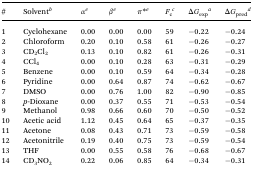
<table><thead><tr><td><b>#</b></td><td><b>Solvent<sup><i>b</i></sup></b></td><td><b><i>α</i><sup><i>e</i></sup></b></td><td><b><i>β</i><sup><i>e</i></sup></b></td><td><b><i>π</i>*<sup><i>e</i></sup></b></td><td><b><i>F</i><sub>c</sub><sup><i>c</i></sup></b></td><td><b>Δ<i>G</i><sub>exp</sub><sup><i>a</i></sup></b></td><td><b>Δ<i>G</i><sub>pred</sub><sup><i>d</i></sup></b></td></tr></thead><tbody><tr><td>1</td><td>Cyclohexane</td><td>0.00</td><td>0.00</td><td>0.00</td><td>59</td><td>–0.22</td><td>–0.24</td></tr><tr><td>2</td><td>Chloroform</td><td>0.20</td><td>0.10</td><td>0.58</td><td>61</td><td>–0.26</td><td>–0.27</td></tr><tr><td>3</td><td>CD<sub>2</sub>Cl<sub>2</sub></td><td>0.13</td><td>0.10</td><td>0.82</td><td>61</td><td>–0.26</td><td>–0.31</td></tr><tr><td>4</td><td>CCl<sub>4</sub></td><td>0.00</td><td>0.10</td><td>0.28</td><td>63</td><td>–0.31</td><td>–0.29</td></tr><tr><td>5</td><td>Benzene</td><td>0.00</td><td>0.10</td><td>0.59</td><td>64</td><td>–0.34</td><td>–0.28</td></tr><tr><td>6</td><td>Pyridine</td><td>0.00</td><td>0.64</td><td>0.87</td><td>74</td><td>–0.62</td><td>–0.67</td></tr><tr><td>7</td><td>DMSO</td><td>0.00</td><td>0.76</td><td>1.00</td><td>82</td><td>–0.90</td><td>–0.85</td></tr><tr><td>8</td><td><i>p</i>-Dioxane</td><td>0.00</td><td>0.37</td><td>0.55</td><td>71</td><td>–0.53</td><td>–0.54</td></tr><tr><td>9</td><td>Methanol</td><td>0.98</td><td>0.66</td><td>0.60</td><td>70</td><td>–0.50</td><td>–0.52</td></tr><tr><td>10</td><td>Acetic acid</td><td>1.12</td><td>0.45</td><td>0.64</td><td>65</td><td>–0.37</td><td>–0.35</td></tr><tr><td>11</td><td>Acetone</td><td>0.08</td><td>0.43</td><td>0.71</td><td>73</td><td>–0.59</td><td>–0.58</td></tr><tr><td>12</td><td>Acetonitrile</td><td>0.19</td><td>0.40</td><td>0.75</td><td>73</td><td>–0.59</td><td>–0.54</td></tr><tr><td>13</td><td>THF</td><td>0.00</td><td>0.55</td><td>0.58</td><td>76</td><td>–0.68</td><td>–0.67</td></tr><tr><td>14</td><td>CD<sub>3</sub>NO<sub>2</sub></td><td>0.22</td><td>0.06</td><td>0.85</td><td>64</td><td>–0.34</td><td>–0.31</td></tr></tbody></table>